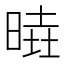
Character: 𣈹